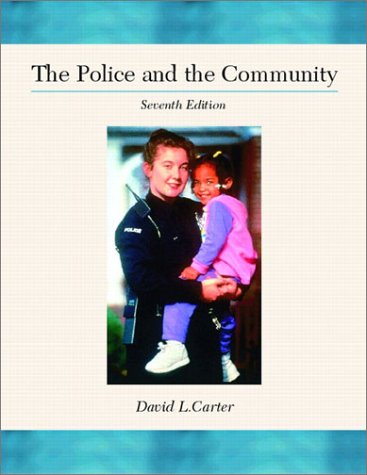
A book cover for The Police and the Community (7th Edition); David L. Carter; Law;